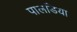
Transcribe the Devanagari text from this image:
पालडिया